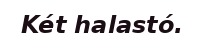
Két halastó.